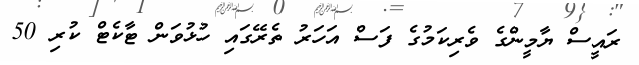
ރައީސް ޔާމީންގެ ވެރިކަމުގެ ފަސް އަހަރު ތެރޭގައި ހުޅުވަން ޓާކެޓް ކުރި 50